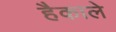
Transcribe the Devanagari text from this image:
हैकाले